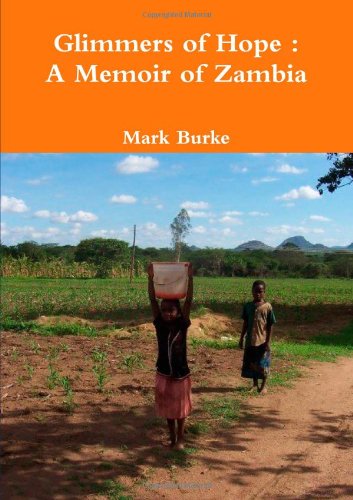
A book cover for Glimmers of Hope : A Memoir of Zambia; Mark Burke; Travel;